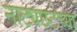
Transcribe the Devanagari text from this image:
नाट्यछटेच्या